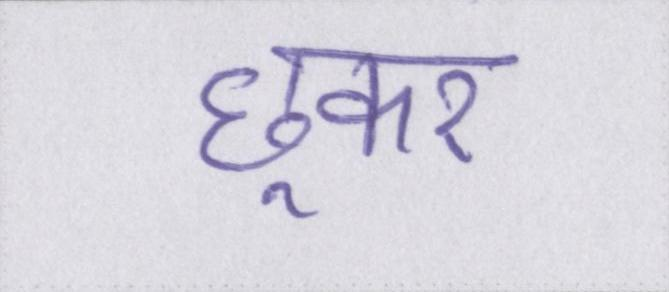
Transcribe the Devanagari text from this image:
छूकर